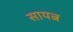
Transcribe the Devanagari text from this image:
सायत्न